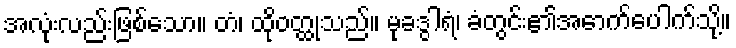
အလုံးလည်းဖြစ်သော။ တံ၊ ထိုဝတ္ထုသည်။ မုခဒွါရံ၊ ခံတွင်း၏အောက်ပေါက်သို့။